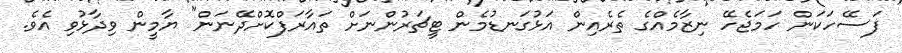
ފަސޭހަކަން ހަމަޖެހޭ ނިޒާމެއްގެ ތެރެއިން އަޅުގަނޑުމެން ޓީޗަރުންނަށް ތައާރަފްކޮށްދޭނަން" ޔާމީން ވިދާޅުވި އެވެ.